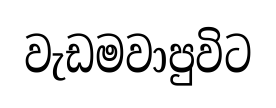
වැඩමවාපුවිට